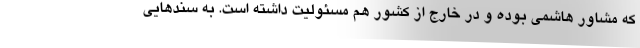
که مشاور هاشمی بوده و در خارج از کشور هم مسئولیت داشته است. به سندهایی